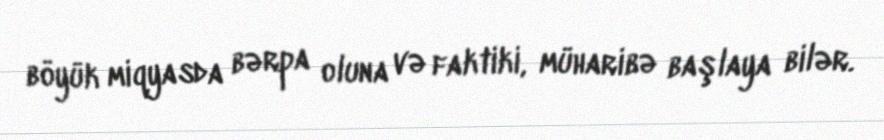
böyük miqyasda bərpa oluna və faktiki, müharibə başlaya bilər.